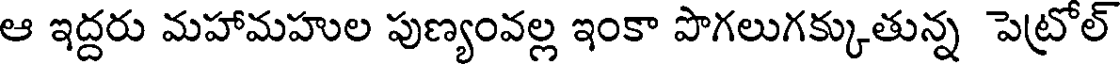
ఆ ఇద్దరు మహామహుల పుణ్యంవల్ల ఇంకా పొగలుగక్కుతున్న పెట్రోల్